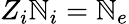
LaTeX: Z_{i}\mathbb{N}_{i}=\mathbb{N}_{e}